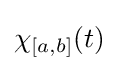
\chi _{[a,b]}(t)